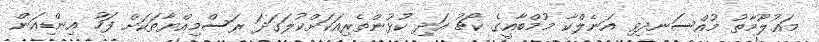
މައުލޫމާތު މުއްސަނދިވި އަނެލްކާ މުމްބާއީގެ ކޯޗު އަދި ކުޅުންތެރިއަކަށްކުލަގަދަ ރަސްމިއްޔާތަކަށް ފަހު އިންޑިއަން